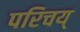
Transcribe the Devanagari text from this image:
परिचय्